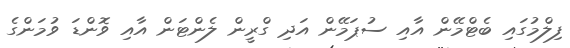
ފިލްމުގައި ބެޓްމޭން އާއި ސުޕަމޭން އަދި ގްރީން ލެންޓަން އާއި ވޮންޑަ ވުމަންގެ